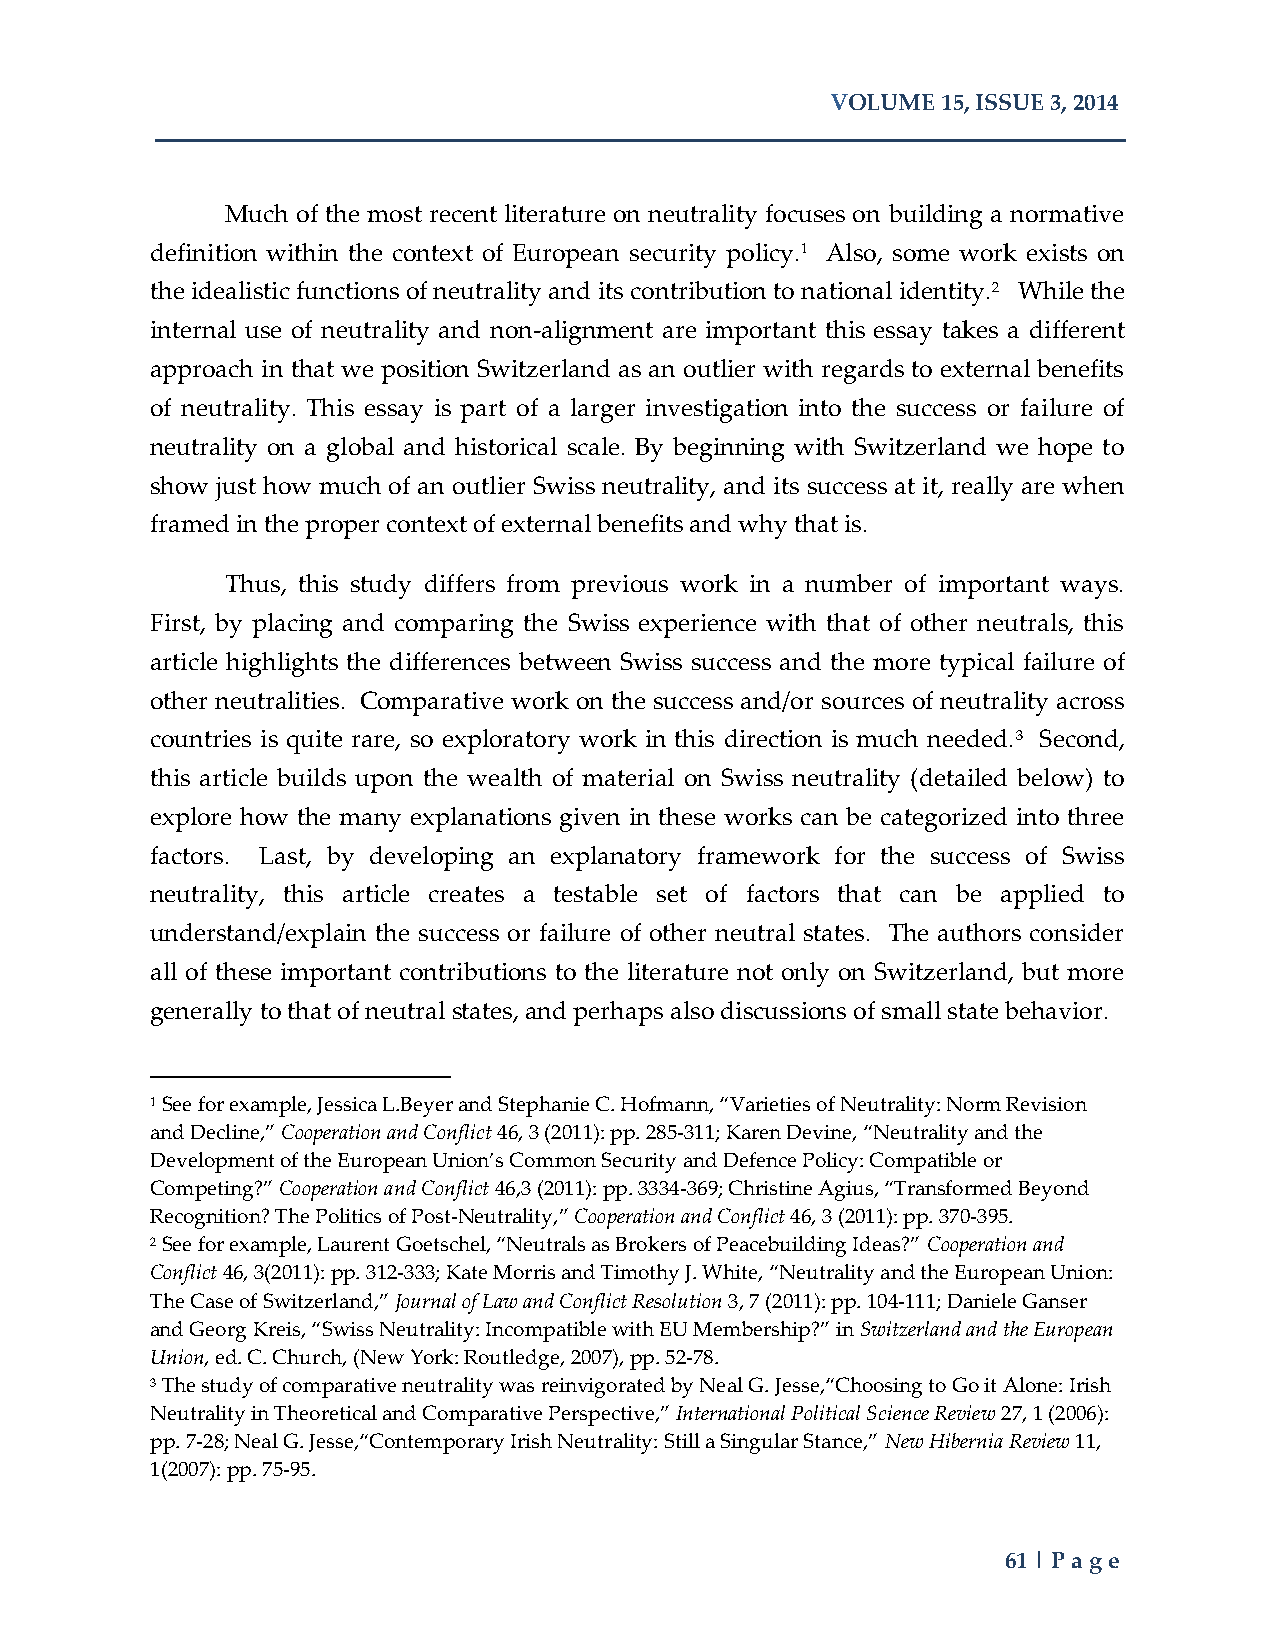
VOLUME 15, ISSUE 3, 2014
 Much of the most recent literature on neutrality focuses on building a normative
 definition within the context of European security policy.1 Also, some work exists on
 the idealistic functions of neutrality and its contribution to national identity.2 While the
 internal use of neutrality and non-alignment are important this essay takes a different
 approach in that we position Switzerland as an outlier with regards to external benefits
 of neutrality. This essay is part of a larger investigation into the success or failure of
 neutrality on a global and historical scale. By beginning with Switzerland we hope to
 show just how much of an outlier Swiss neutrality, and its success at it, really are when
 framed in the proper context of external benefits and why that is.
 Thus, this study differs from previous work in a number of important ways.
 First, by placing and comparing the Swiss experience with that of other neutrals, this
 article highlights the differences between Swiss success and the more typical failure of
 other neutralities. Comparative work on the success and/or sources of neutrality across
 countries is quite rare, so exploratory work in this direction is much needed.3 Second,
 this article builds upon the wealth of material on Swiss neutrality (detailed below) to
 explore how the many explanations given in these works can be categorized into three
 factors. Last, by developing an explanatory framework for the success of Swiss
 neutrality, this article creates a testable set of factors that can be applied to
 understand/explain the success or failure of other neutral states. The authors consider
 all of these important contributions to the literature not only on Switzerland, but more
 generally to that of neutral states, and perhaps also discussions of small state behavior.
 1 See for example, Jessica L.Beyer and Stephanie C. Hofmann, “Varieties of Neutrality: Norm Revision
 and Decline,” Cooperation and Conflict 46, 3 (2011): pp. 285-311; Karen Devine, “Neutrality and the
 Development of the European Union’s Common Security and Defence Policy: Compatible or
 Competing?” Cooperation and Conflict 46,3 (2011): pp. 3334-369; Christine Agius, “Transformed Beyond
 Recognition? The Politics of Post-Neutrality,” Cooperation and Conflict 46, 3 (2011): pp. 370-395.
 2 See for example, Laurent Goetschel, “Neutrals as Brokers of Peacebuilding Ideas?” Cooperation and
 Conflict 46, 3(2011): pp. 312-333; Kate Morris and Timothy J. White, “Neutrality and the European Union:
 The Case of Switzerland,” Journal of Law and Conflict Resolution 3, 7 (2011): pp. 104-111; Daniele Ganser
 and Georg Kreis, “Swiss Neutrality: Incompatible with EU Membership?” in Switzerland and the European
 Union, ed. C. Church, (New York: Routledge, 2007), pp. 52-78.
 3 The study of comparative neutrality was reinvigorated by Neal G. Jesse,“Choosing to Go it Alone: Irish
 Neutrality in Theoretical and Comparative Perspective,” International Political Science Review 27, 1 (2006):
 pp. 7-28; Neal G. Jesse,“Contemporary Irish Neutrality: Still a Singular Stance,” New Hibernia Review 11,
 1(2007): pp. 75-95.
 61 | Page